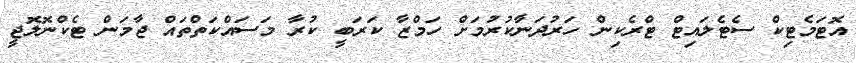
އޮޓަމެޓިކް ސެޓެލައިޓް ޓްރެކިން ހަރުދަނާކުރުމަށް ހަމްޒާ ކަރަބީ ކުރާ މަސައްކަތްތައް ޖާމަން ޓެކްނޮލޮޖީ